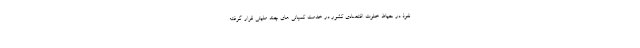
نفوذ در حیاط خلوت اقتصادی کشور در خدمت کمپانی های چند ملیتی قرار گرفته